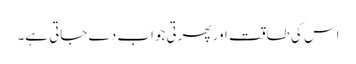
اس کی طاقت اور پھرتی جواب دے جاتی ہے۔